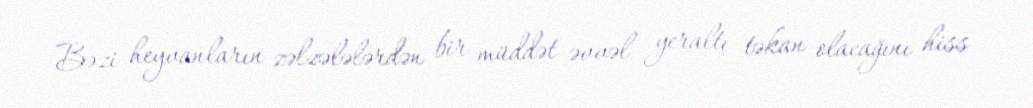
Bəzi heyvanların zəlzələlərdən bir müddət əvvəl yeraltı təkan olacağını hiss